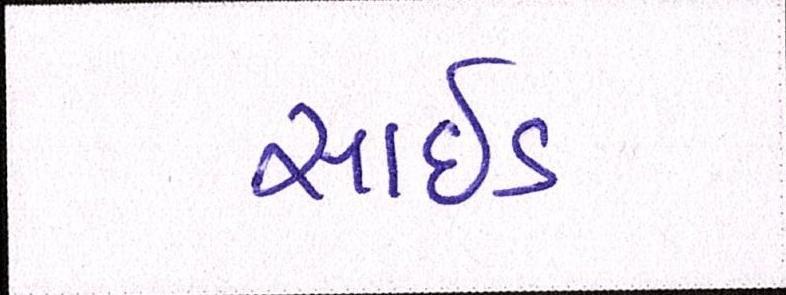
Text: સાઈડ